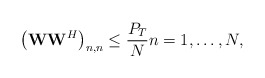
\begin{align*}\left(\mathbf{W}\mathbf{W}^H\right)_{n,n} \leq \frac{P_T}{N} n=1, \ldots , N,\end{align*}